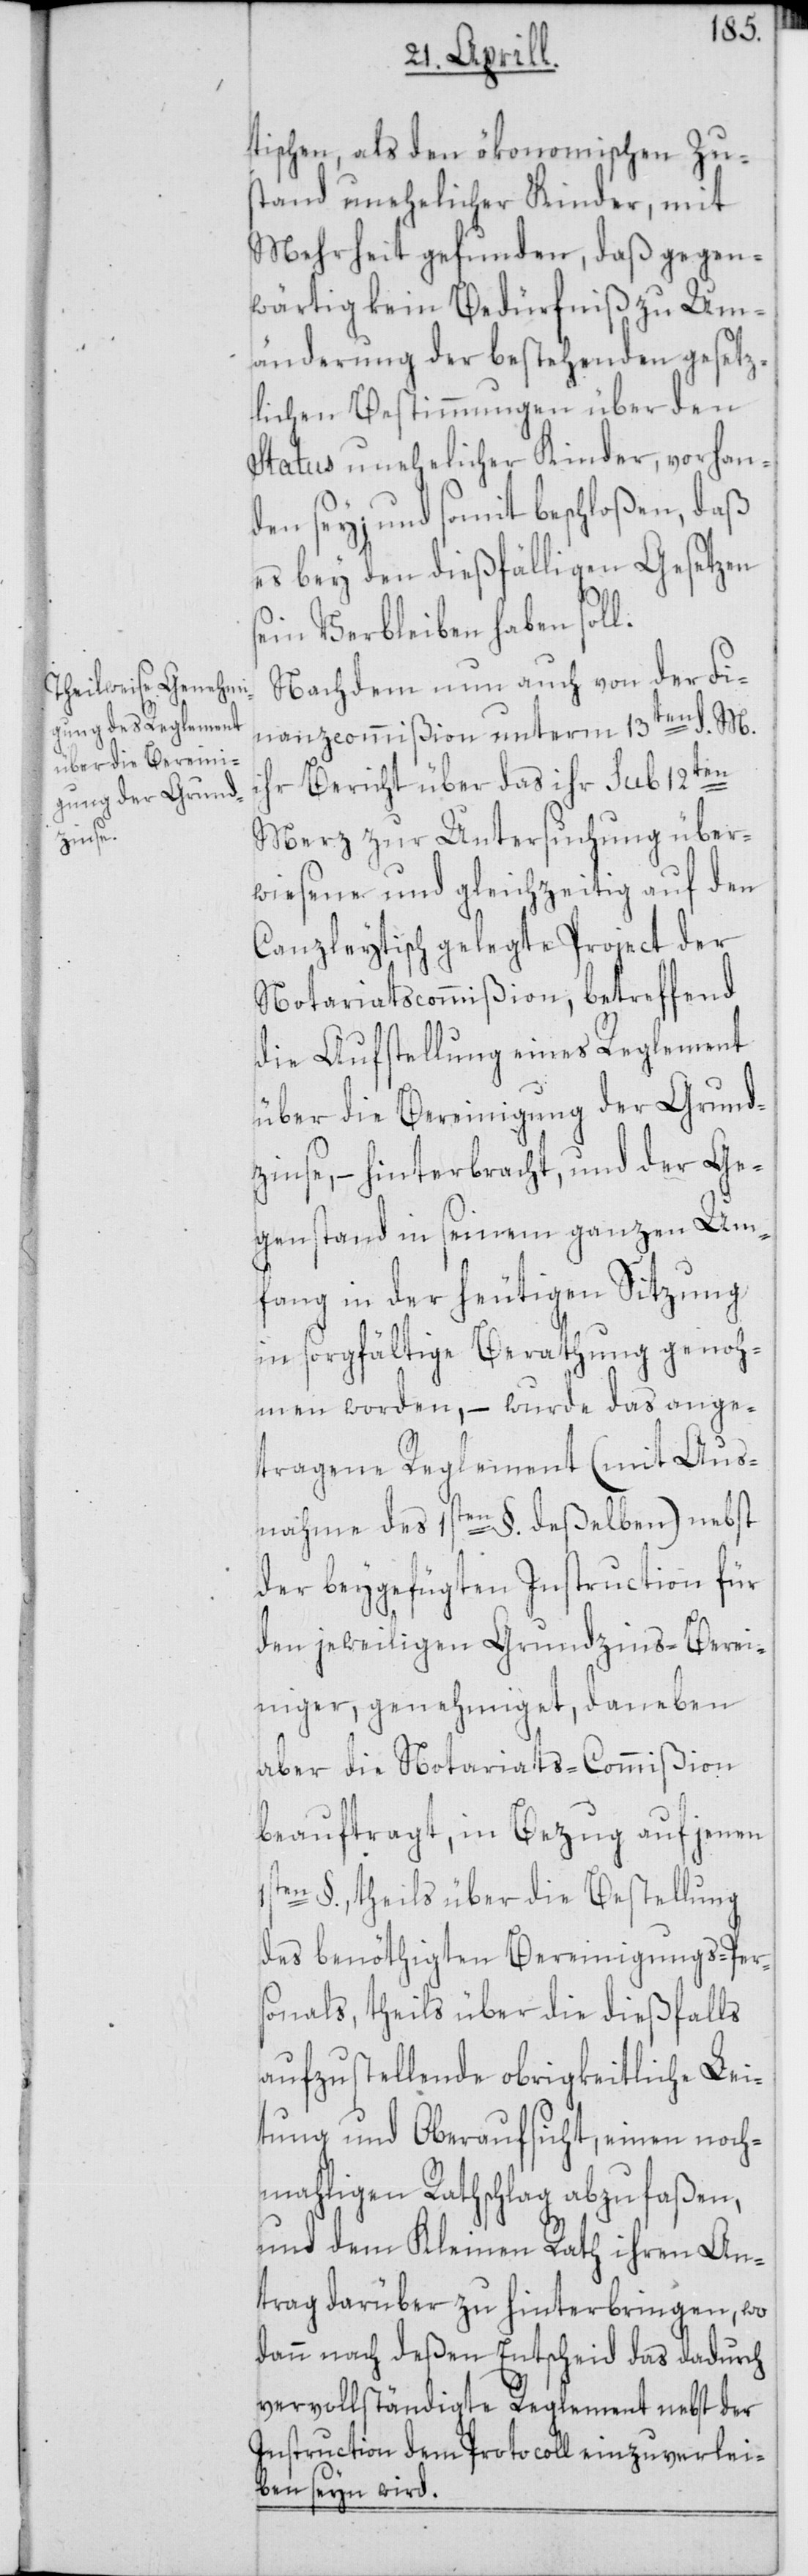
tischen, als den ökonomischen Zus¬
tand unehelicher Kinder, mit
Mehrheit gefunden, daß gegen¬
wärtig kein Bedürfniß zu Um¬
änderung der bestehenden gesetz¬
lichen Bestimmungen über den
Status unehelicher Kinder, vorhan¬
den sey; und somit beschloßen, daß
es bey den dießfälligen Gesetzen
sein Verbleiben haben soll.
Nachdem nun auch von der Fi¬
nanzcommißion unterm 13ten d. M.
ihr Bericht über das ihr sub 12ten
Merz zur Untersuchung über¬
wiesene und gleichzeitig auf den
Canzleytisch gelegte Project der
Notariatscommißion, betreffend
die Aufstellung eines Reglement
über die Bereinigung der Grund¬
zinse, – hinterbracht, und der Ge¬
genstand in seinem ganzen Um¬
fang in der heutigen Sitzung
in sorgfältige Berathung genoh¬
men worden, – wurde das ange¬
tragene Reglement (mit Aus¬
nahme des 1sten §. deßelben) nebst
der beygefügten Instruction für
den jeweiligen Grundzins-Berei¬
niger, genehmiget, daneben
aber die Notariats-Commißion
beauftragt, in Bezug auf jenen
1sten §., theils über die Bestellung
des benöthigten Bereinigungs-Per¬
sonals, theils über die dießfalls
aufzustellende obrigkeitliche Lei¬
tung und Oberaufsicht, einen noch¬
mahligen Rathschlag abzufaßen,
und dem Kleinen Rath ihren An¬
trag darüber zu hinterbringen, wo
dann nach deßen Entscheid das dadurch
vervollständigte Reglement nebst der
Instruction dem Protocoll einzuverlei¬
ben seyn wird.